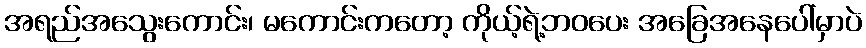
အရည်အသွေးကောင်း၊ မကောင်းကတော့ ကိုယ့်ရဲ့ဘဝပေး အခြေအနေပေါ်မှာပဲ